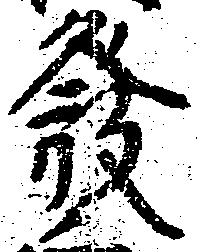
発